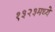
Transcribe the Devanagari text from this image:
१३२३मध्ये